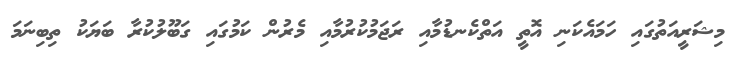
މިޝަރީއަތުގައި ހަމައެކަނި އޮތީ އަތްކެނޑުމާއި ރަޖަމުކުރުމާއި މެރުން ކަމުގައި ގަބޫލުކުރާ ބަޔަކު ތިބިނަމަ